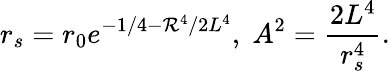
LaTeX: r_{s}=r_{0}e^{-1/4-\mathcal{R}^{4}/2L^{4}},\; A^{2}={\frac{{2L^{4}}}{{r_{s}^{4}}}}.